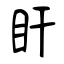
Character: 盰